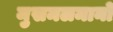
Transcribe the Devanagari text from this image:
मुसमलमानों